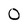
Character: 0